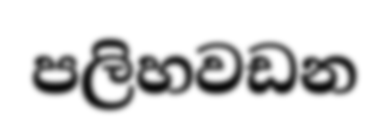
පලිහවඩන